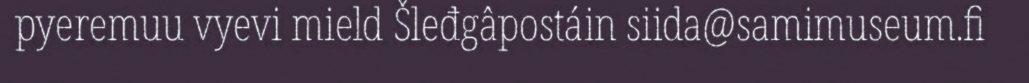
pyeremuu vyevi mield Šleđgâpostáin siida@samimuseum.fi